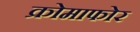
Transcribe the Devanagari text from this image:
क्रोमाफोर